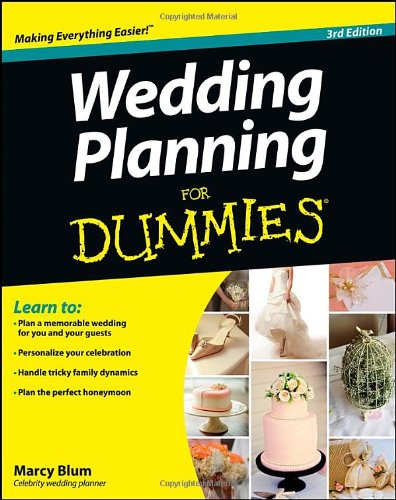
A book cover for Wedding Planning For Dummies; Marcy Blum; Crafts, Hobbies & Home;